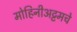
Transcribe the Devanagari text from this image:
मोहिनीअट्टमचे